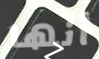
أنها